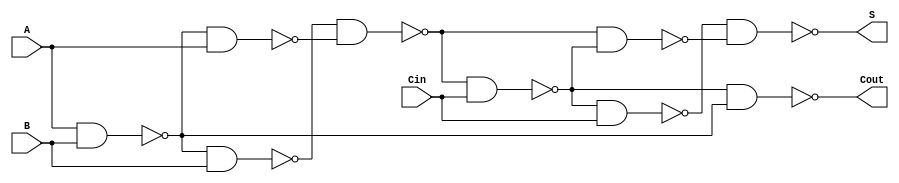
//Alan Achtenberg
//Lab 6 part 3
//Full Adder




module full_adder(S, Cout,A,B,Cin);

    input    A, B, Cin;
    output   S, Cout;
    wire     xor11, xor12,xor13, xor14;	//intermediaries 
	wire     xor21, xor22,xor23;//wire order from diagram left bottom top right
	
    nand	nand1(xor11, A, B);
	nand	nand2(xor12, xor11, B);
	nand	nand3(xor13, xor11, A);
	nand	nand4(xor14, xor12, xor13);
	
	nand	nand5(xor21, xor14, Cin);
	nand	nand6(xor22, xor21, Cin);
	nand	nand7(xor23, xor14, xor21);
	nand	nand8(S, xor22, xor23); //output s
	
	nand	nand9(Cout, xor21, xor11);
	
   
endmodule